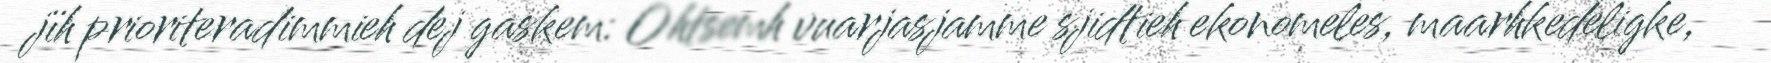
jïh prioriteradimmieh dej gaskem: Ohtsemh vuarjasjamme sjidtieh ekonomeles, maarhkedeligke,